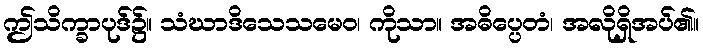
ဤသိက္ခာပုဒ်၌။ သံဃာဒိသေသမေဝ၊ ကိုသာ။ အဓိပ္ပေတံ၊ အလိုရှိအပ်၏။